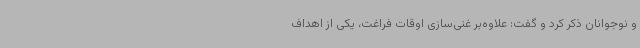
و نوجوانان ذکر کرد و گفت: علاوه‌بر غنی‌سازی اوقات فراغت، یکی از اهداف